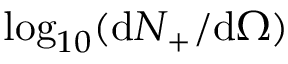
\log _ { 1 0 } ( \mathrm { { d } } N _ { + } / \mathrm { { d } } \Omega )